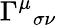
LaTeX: \Gamma^{\mu}{}_{\sigma\nu}